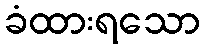
ခံထားရသော